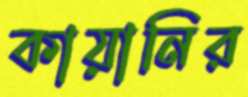
কায়ানির